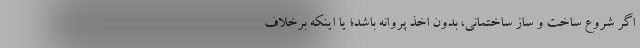
اگر شروع ساخت و ساز ساختمانی، بدون اخذ پروانه باشد؛ یا اینکه برخلاف